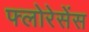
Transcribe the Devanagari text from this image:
फ्लोरेसेंस